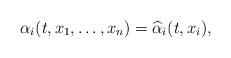
LaTeX: \begin{align*}\alpha_i(t,x_1,\ldots,x_n) = \widehat\alpha_i(t,x_i),\end{align*}